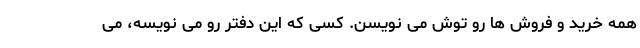
همه خرید و فروش ها رو توش می نویسن. کسی که این دفتر رو می نویسه، می